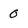
Character: 0